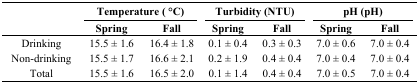
<table><thead><tr><td rowspan="2"></td><td colspan="2"><b>Temperature ( °C)</b></td><td colspan="2"><b>Turbidity (NTU)</b></td><td colspan="2"><b>pH (pH)</b></td></tr><tr><td><b>Spring</b></td><td><b>Fall</b></td><td><b>Spring</b></td><td><b>Fall</b></td><td><b>Spring</b></td><td><b>Fall</b></td></tr></thead><tbody><tr><td>Drinking</td><td>15.5 ± 1.6</td><td>16.4 ± 1.8</td><td>0.1 ± 0.4</td><td>0.3 ± 0.3</td><td>7.0 ± 0.6</td><td>7.0 ± 0.4</td></tr><tr><td>Non-drinking</td><td>15.5 ± 1.7</td><td>16.6 ± 2.1</td><td>0.2 ± 1.9</td><td>0.4 ± 0.4</td><td>7.0 ± 0.4</td><td>7.0 ± 0.4</td></tr><tr><td>Total</td><td>15.5 ± 1.6</td><td>16.5 ± 2.0</td><td>0.1 ± 1.4</td><td>0.4 ± 0.4</td><td>7.0 ± 0.5</td><td>7.0 ± 0.4</td></tr></tbody></table>